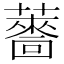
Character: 𮒙